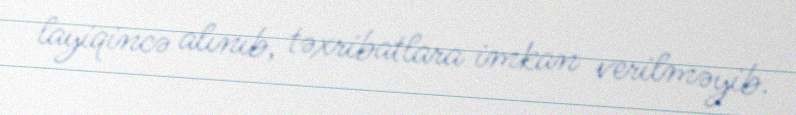
layiqincə alınıb, təxribatlara imkan verilməyib.